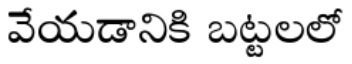
వేయడానికి బట్టలలో